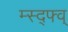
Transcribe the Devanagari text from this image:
म्स्द्फ्व्